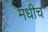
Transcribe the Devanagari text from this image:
मधीच